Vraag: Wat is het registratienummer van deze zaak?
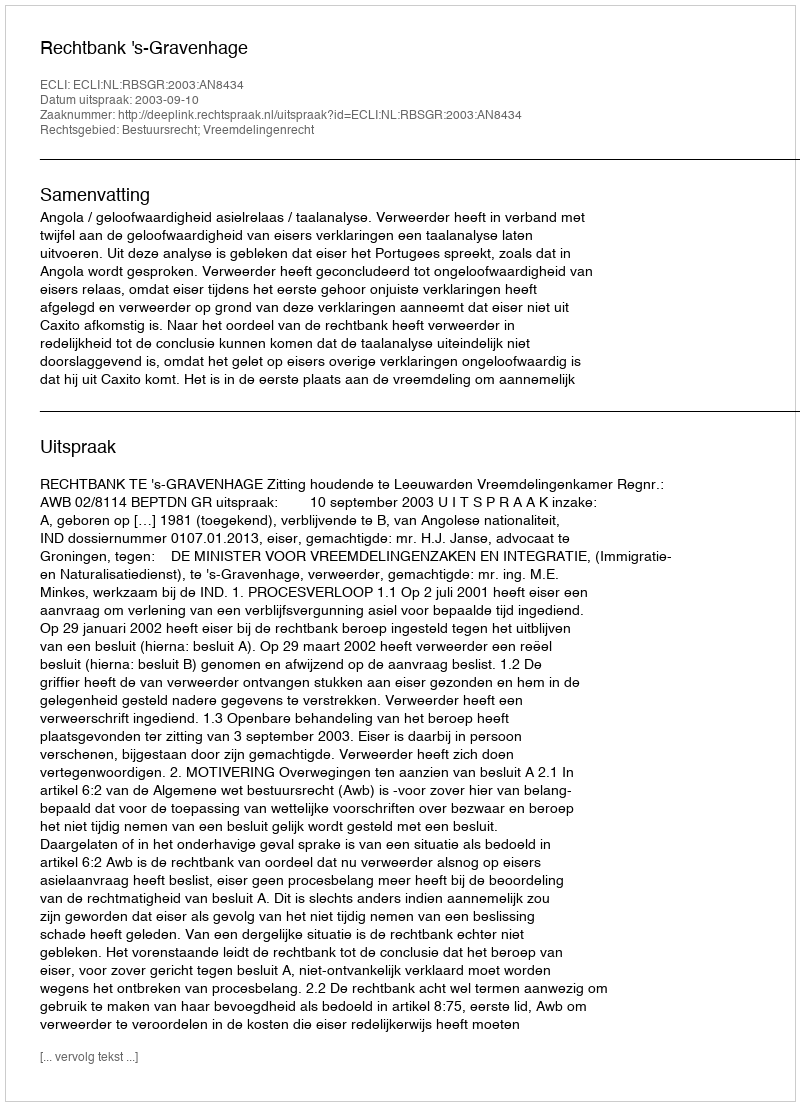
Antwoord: http://deeplink.rechtspraak.nl/uitspraak?id=ECLI:NL:RBSGR:2003:AN8434